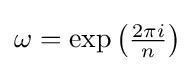
\omega =\exp \left({\tfrac {2\pi i}{n}}\right)